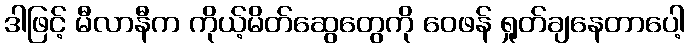
ဒါဖြင့် မီလာနီက ကိုယ့်မိတ်ဆွေတွေကို ဝေဖန် ရှုတ်ချနေတာပေါ့